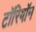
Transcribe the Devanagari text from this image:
टॉरियॉन